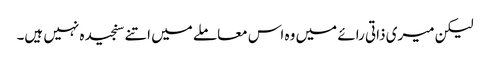
لیکن میری ذاتی رائے میں وہ اس معاملے میں اتنے سنجیدہ نہیں ہیں۔